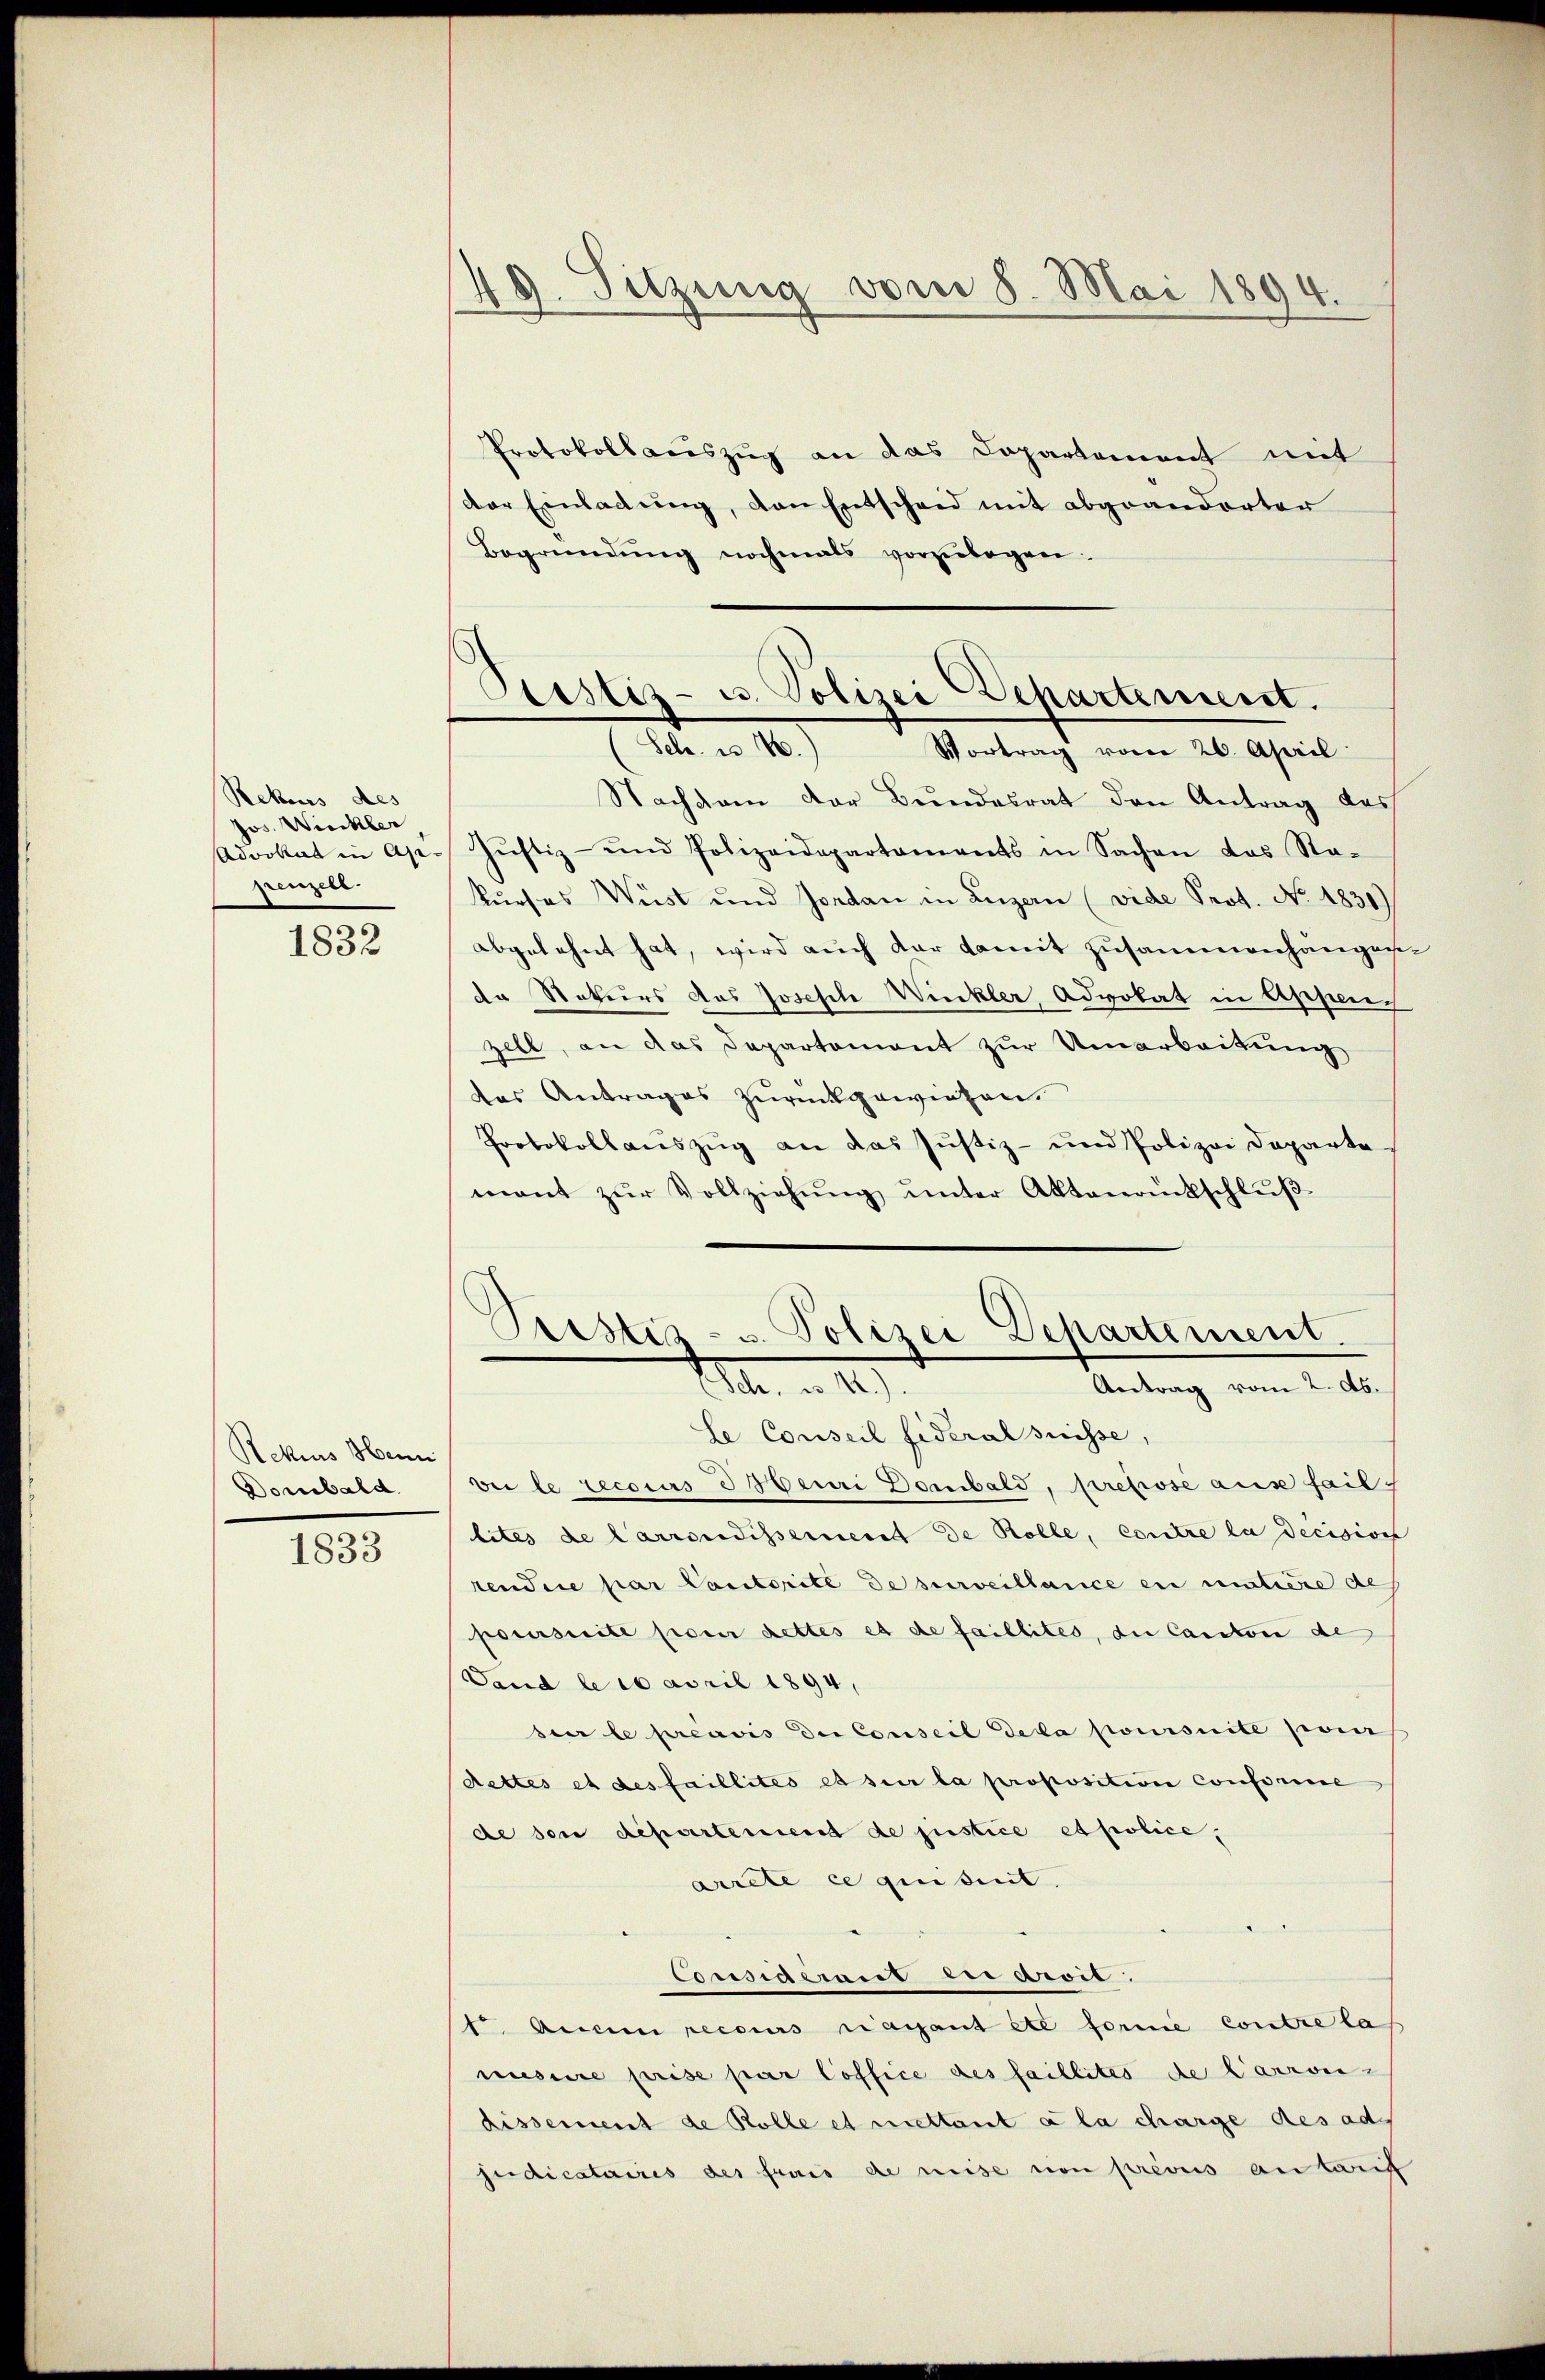
Rekurs des
Jos. Winkler
frenzell.
1832

Rekurs Hann
Dombald

1833

1. Sitzung vom 8. Mai 1894.

Protokollauszug an das Dopartement mit
Der Einladŭng, den Entscheid mit abgeänderter
Begründŭng nochmals vorzŭlegen.
Nachdem der Bundesrat den Antrag des
Advokat in Ap. Jŭstiz- und Polizeidepartaments in Sachen das Sta-
kurses Wüst und Jordan in Luzern (vide Prot. No. 1831)
abgelehnt hat, wird auch dar damit zusammenhängenda Naturs das Joseph Winkler Advokat in Appen
zell, an das Departement zur Umarbeitung
das Antrages zurückgewiesen.
Protokollaŭszŭg an das Justiz- und Polizei Departe
mant zŭr Vollziehŭng ŭnter Aktenantschlŭβ-
Pristiz- u. Polizei Departement.
a. n. 12.
Antrag vom 2. ds.
le Conseil Fideralsuisse,
vie le tecoris bemri Domibald, repose aus fail
lites de Carrondissement de Rolle, contre la decision
tendire par Cantorité de surveillance en matière de
poursuite pour dettes es de faillites, die Canton de
Sand le 10 April 1894,
seer le préavis der Conseil Dela pomisuite poin
dettes et des faillites es sur la proposition conforme
de son departement de justice et police,
arrete ce quitirt.
Cessieret die Art.
fr Anein recours ragant été forme contre las
mesure prise par loffice des faillites de Carron-
dissement de Rolle et mettant a la charge des ad
sedicataires des frais de meise non prévus antarif

Pustiz- u. Polizei Departement.
Febr. v. 160.)
Vortrag vom 26. April